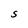
Character: S